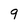
Character: 9